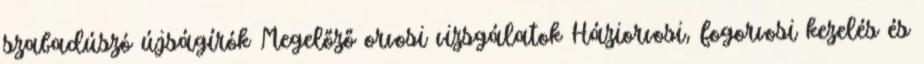
szabadúszó újságírók Megelőző orvosi vizsgálatok Háziorvosi, fogorvosi kezelés és